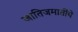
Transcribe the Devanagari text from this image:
जातिजमातींचे